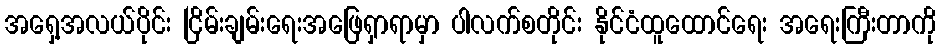
အရှေ့အလယ်ပိုင်း ငြိမ်းချမ်းရေးအဖြေရှာရာမှာ ပါလက်စတိုင်း နိုင်ငံထူထောင်ရေး အရေးကြီးတာကို